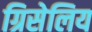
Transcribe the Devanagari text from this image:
ग्रिसेलिय